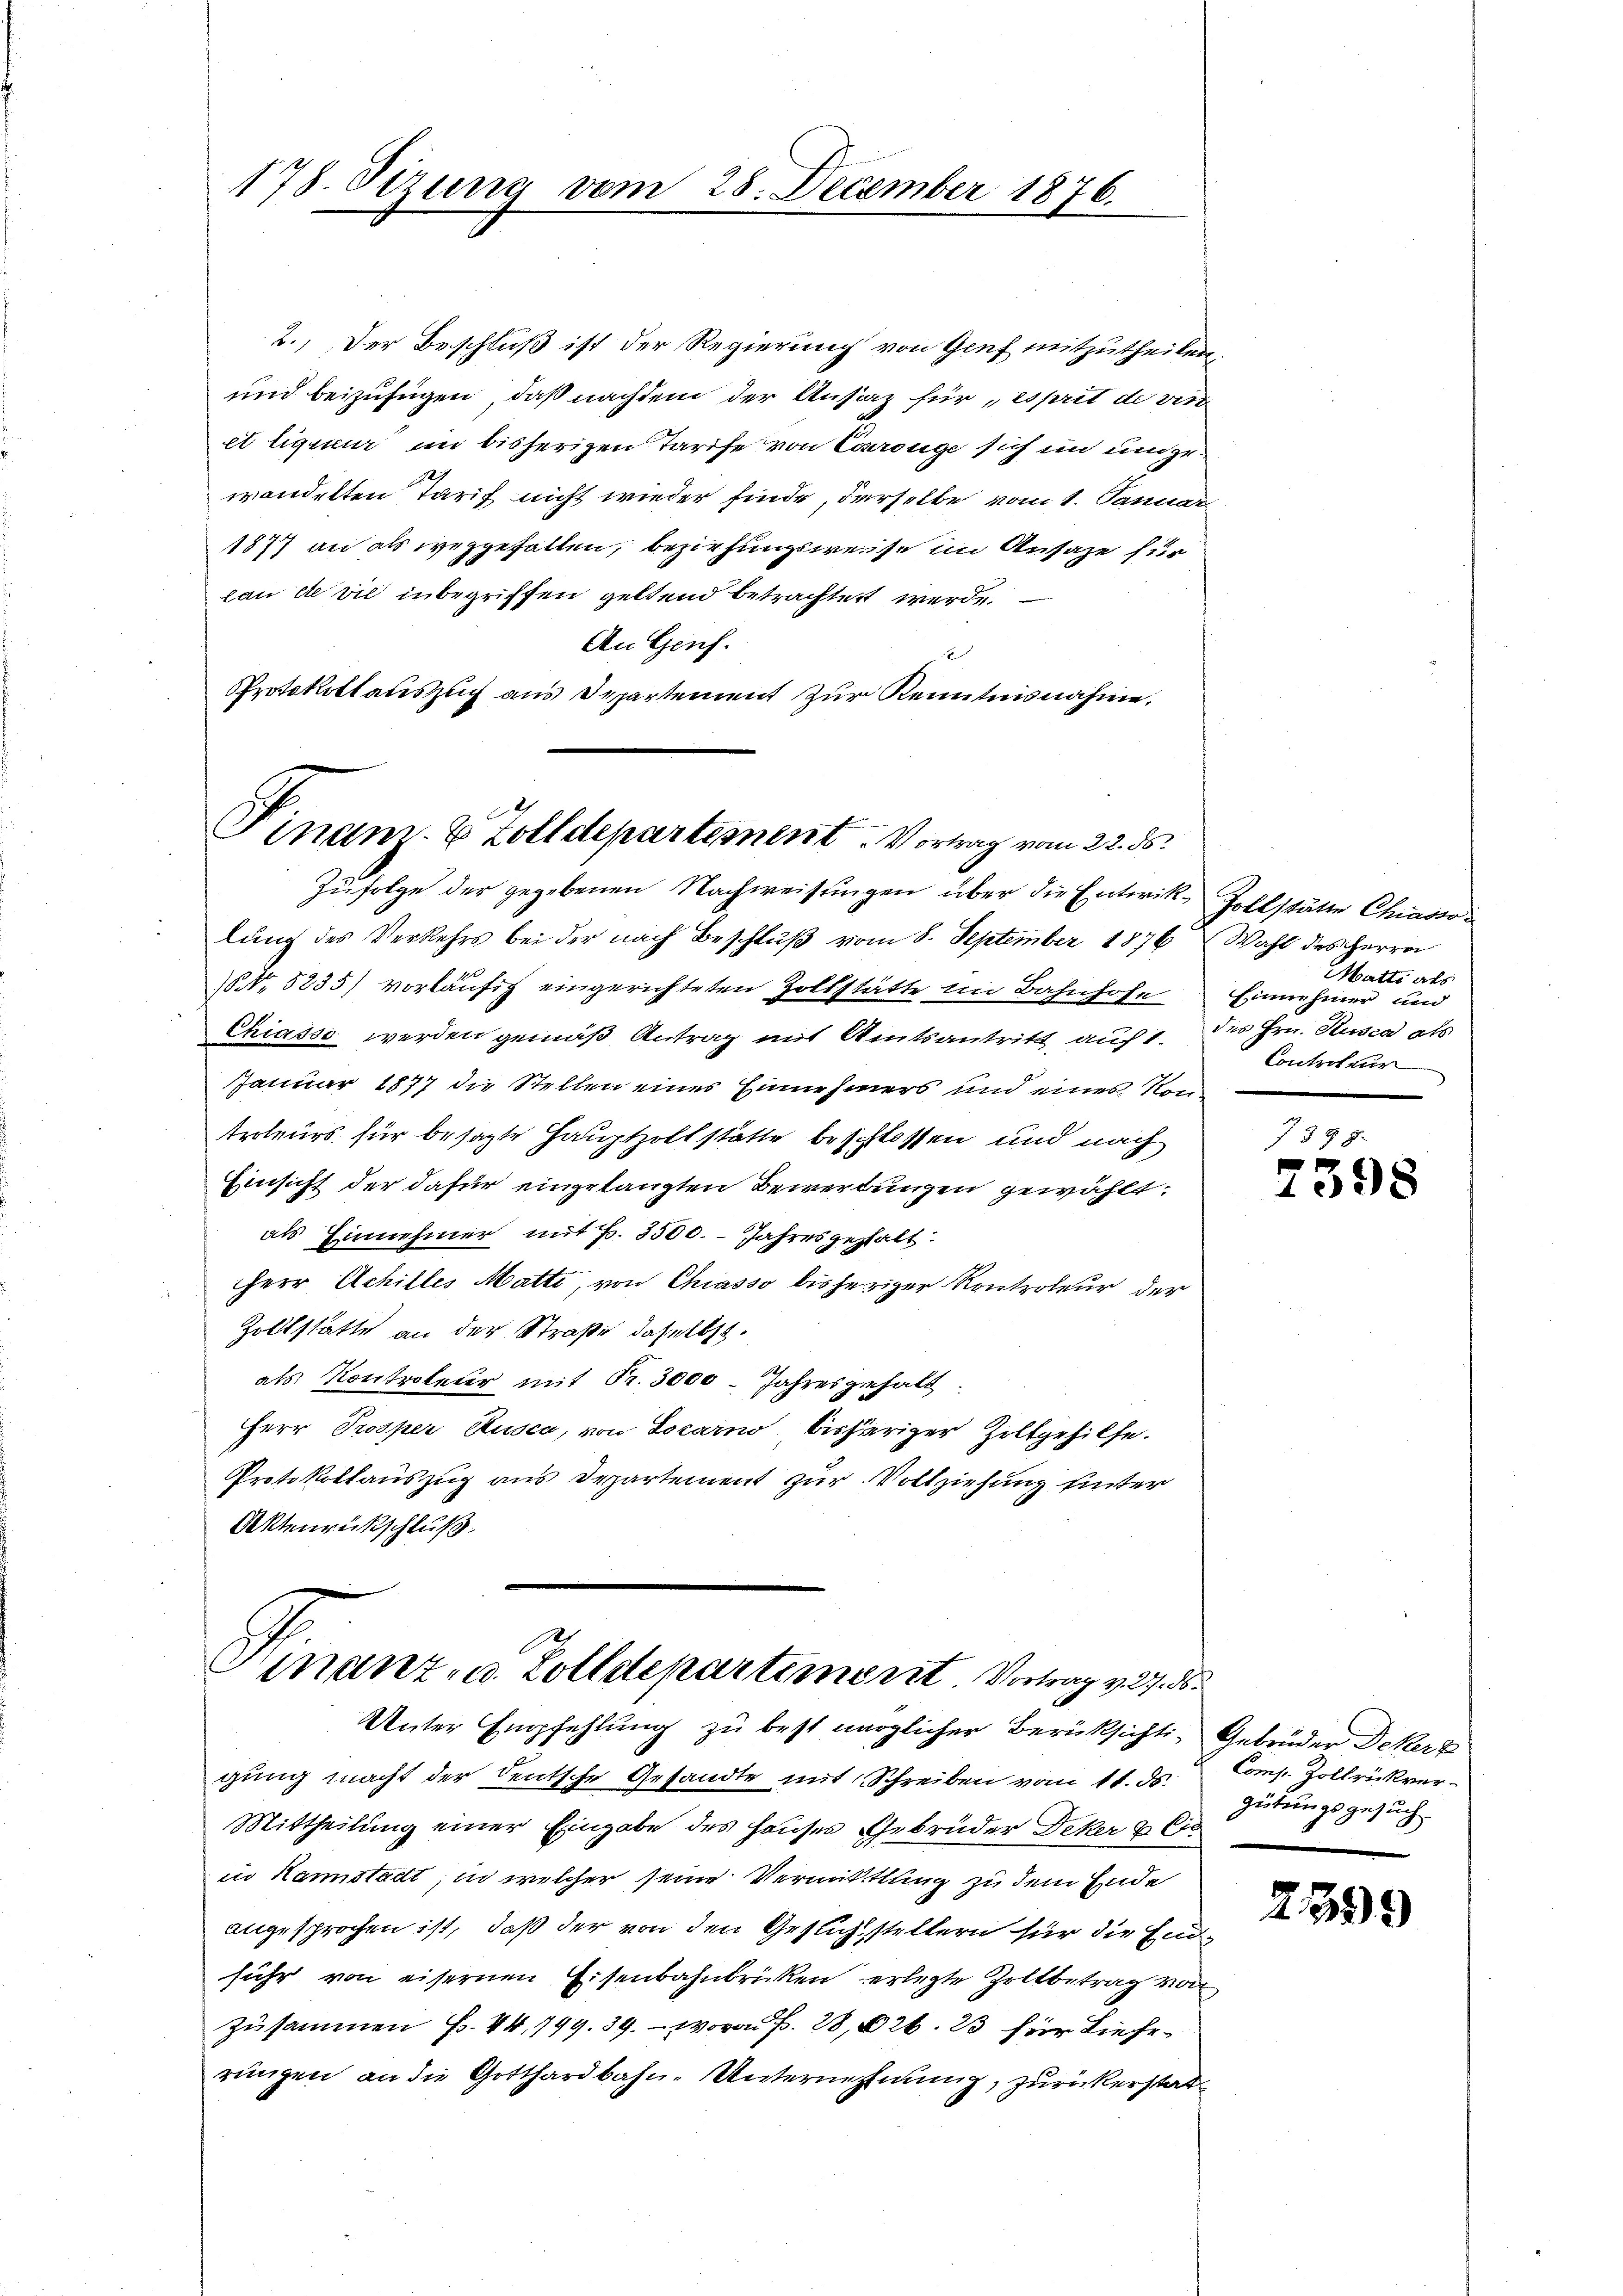
178. Sizung vom 28. December 1876.

2.) Der Beschluß ist der Regierung von Genf mitzutheilen,
und beizufügen, daß nachdem der Ansiz für „esprit de vin
et liquer im bisherigen Tarife von Carouge sich in und gr.
wandelten Tarif nicht wieder finde, derselbe vom 1. Januar
1877 an als weggefallen, beziehungsweise im Ansage für
can die wie inbegriffen geltend betrachtet werde.
An Genf.
x
Protokollauszug aus Departement zur Kenntnisnahme.

Pinam- & Zolldepartement. Vortrag vom 22. ds.

Finanz u. Zolldepartiment Vortrag v. 27. d.

Zufolge der gegebenen Nachweisungen über die Entwik-Zollstätte Chiasso
lung des Verkehrs bei der nach Beschluß vom 8. September 1876
No 5235) vorläufig eingerichteten Zollstätte im Bahnhofe
Chiasso werden gemäß Antrag mit Amtsantritt, auf 1. des Hrn. Kusca als
Januar 1877 die Stellen eines Einnehmers und eines von
troleurs für besagte Hauptzolt statte beschlossen und nach
Einsicht der dafür eingelangten Bewerbungen gewählt:
als Einnehmer mit Fr. 3500. - Jahresgehalt
Herr Achilles Matte, von Chiasso bisheriger Kontroleur der
Zollstatte an der Straße daselbst.
als Kontroleur mit Fr. 3000. Jahresgehalt.
Herr Prosper Rusca, von Locarno, bisheriger Zoltgehilfe.
Protokollauszug aus Departement zur Vollziehung unter
Aktenrückschluß

Unter Empfehlung zu best möglicher Berüksichti- Gebrüder Deker z
gung macht der Deutsche Gesandte mit Schreiben vom 11. ds.
Mittheilung einer Eingabe des Hauses Gebrüder Deker & Ci
in Kannstadt, in welcher seine Vermittlung zu dem Ende
angesprochen ist, daß der von den Gesuchsstellern für die Endfuhr von eisernen Eisenbahnbrücken erlegte Zollbetrag von
zusammen f. 44, 799. 39. wovon P. 28,626. 23 für Lieferungen an die Gotthardbahn-Unternehmung, zurückerstat¬

Wahl des Herre
Matti als
Einnehmer und
Controttur

7398.
f
1098

Comp. Zoltrückver
gütungsgesuch.

2399